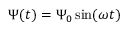
\Psi ( t ) = \Psi _ { 0 } \sin ( \omega t )